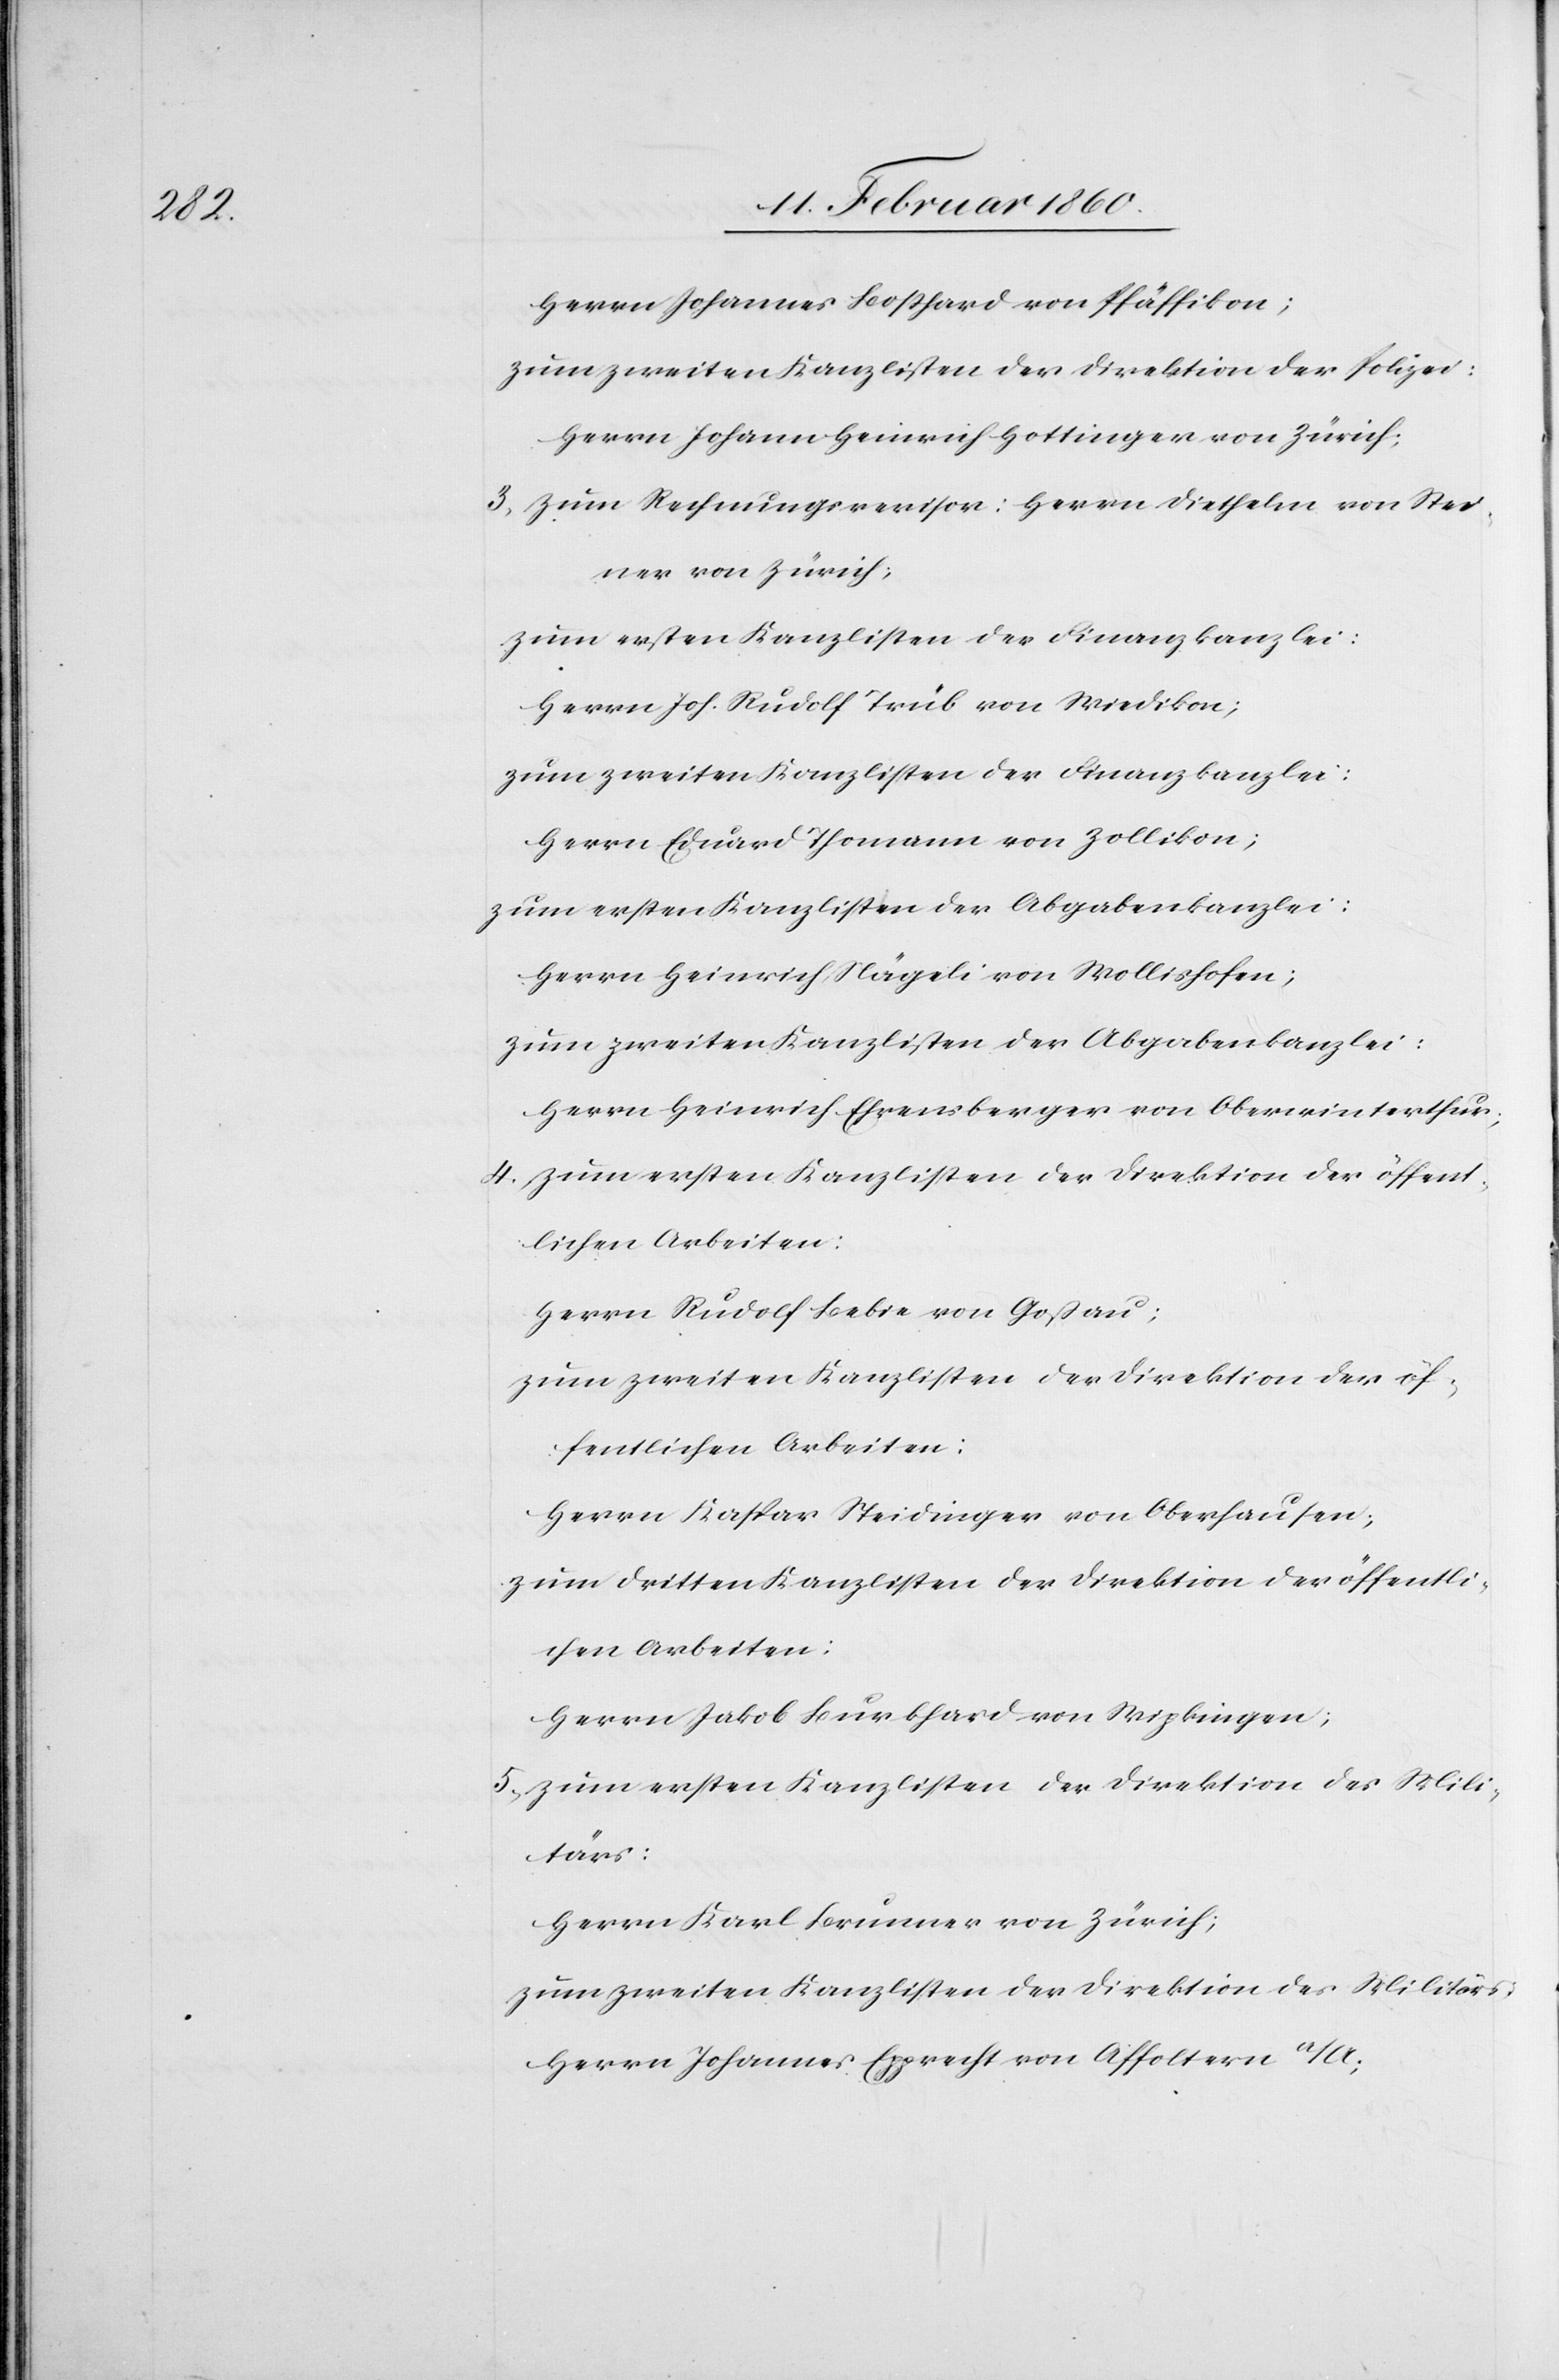
Stei¬

Herrn Johannes Bosshard von Pfäffikon;
zum zweiten Kanzlisten der Direktion der Polizei:
Herrn Johann Heinrich Hottinger von Zürich;
ner von Zürich;
zum ersten Kanzlisten der Finanzkanzlei:
Herrn Rudolf Trüb von Wiedikon;
zum zweiten Kanzlisten der Finanzkanzlei:
Herrn Eduard Thomann von Zollikon;
zum ersten Kanzlisten der Abgabenkanzlei:
Herrn Heinrich Nägeli von Wollishofen;
zum zweiten Kanzlisten der Abgabenkanzlei:
Herrn Heinrich Ehrensberger von Oberwinterthur;
4. zum ersten Kanzlisten der Direktion der öffent¬
lichen Arbeiten:
Herrn Rudolf Bebie von Gossau;
zum zweiten Kanzlisten der Direktion der öf¬
fentlichen Arbeiten:
Herrn Kaspar Steidinger von Oberhausen;
zum dritten Kanzlisten der Direktion der öffentli¬
chen Arbeiten:
Herrn Jakob Burkhard von Wipkingen;
5. zum ersten Kanzlisten der Direktion des Mili¬
tärs:
Herrn Karl Brunner von Zürich;
zum zweiten Kanzlisten der Direktion des Militärs:
Herrn Johannes Epprecht von Affoltern a/A;